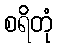
စရိတုံ